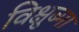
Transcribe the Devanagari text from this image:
विक्षुब्मा